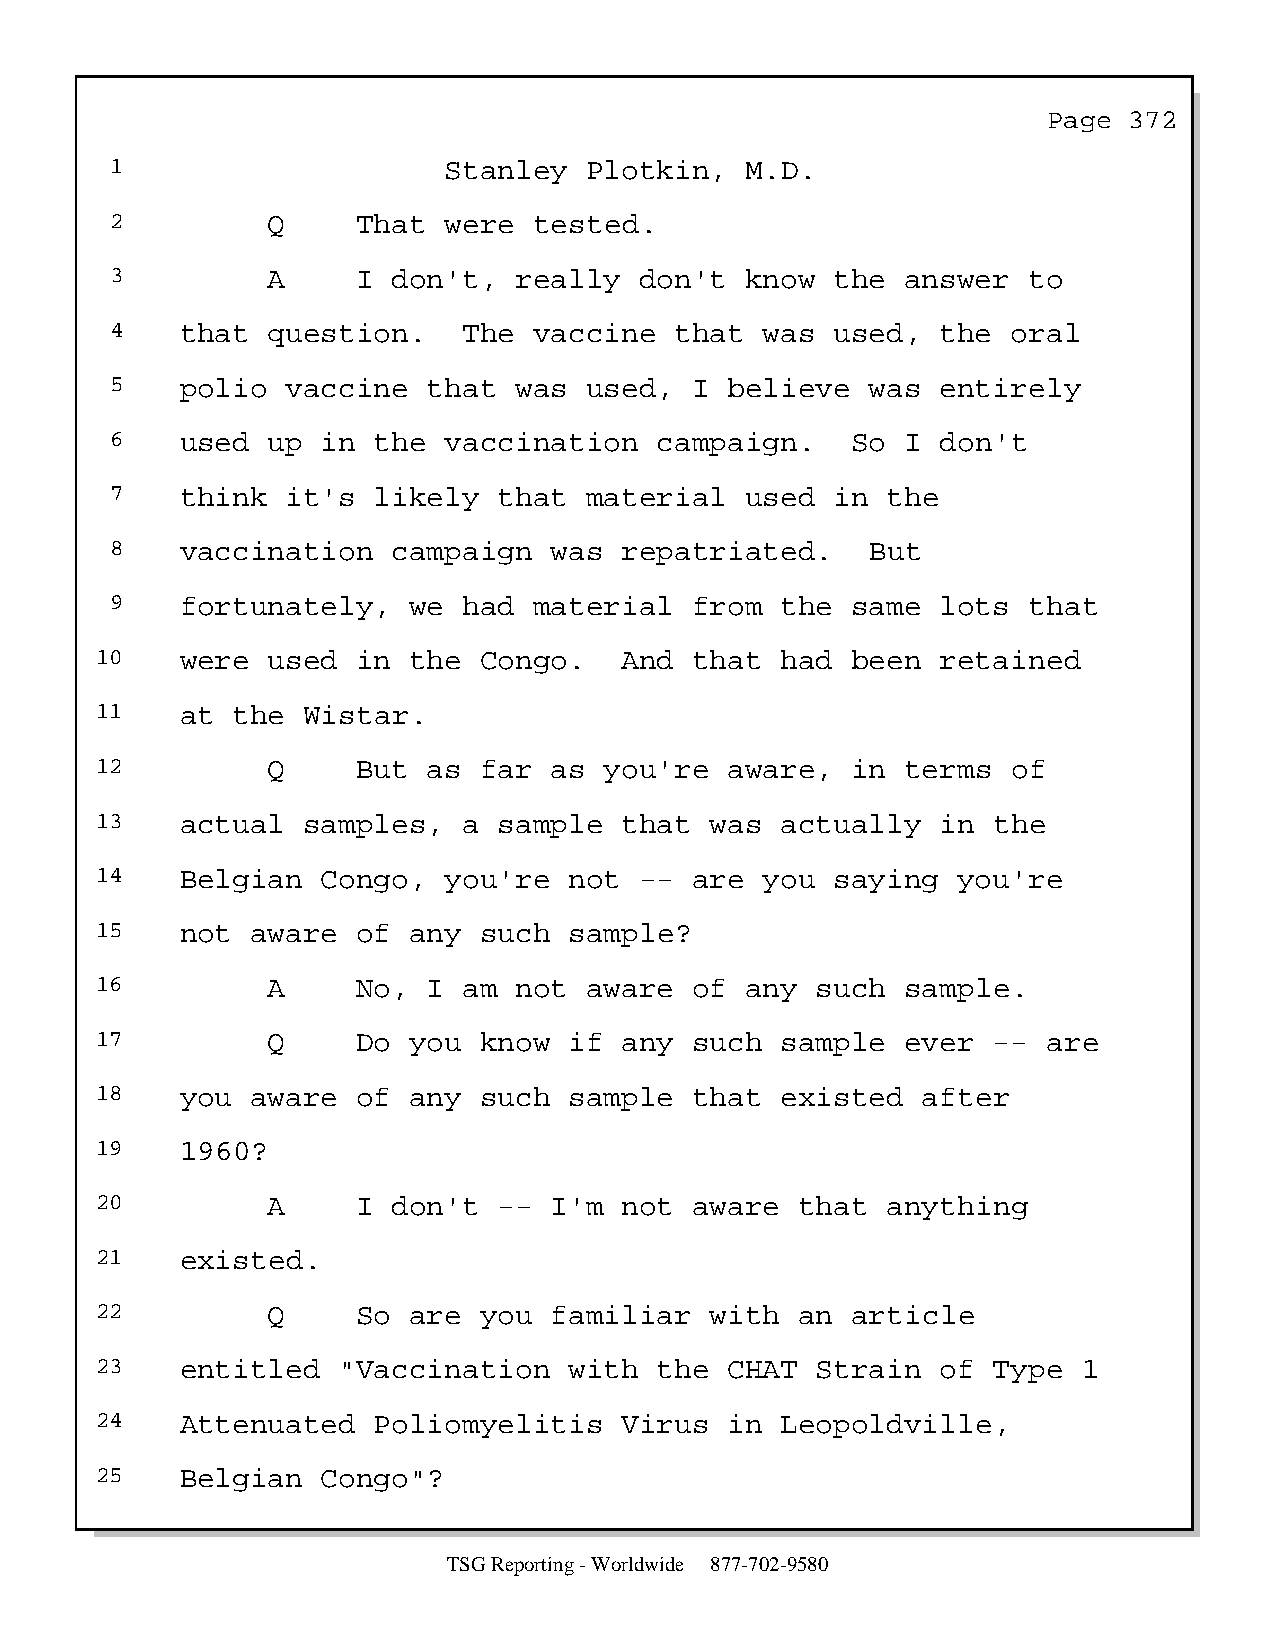
Page  372
 1                     Stanley   Plotkin,  M.D.
 2          Q     That were  tested.
 3          A     I don't,  really  don't  know  the  answer  to
 4    that  question.    The vaccine   that  was used,  the  oral
 5    polio  vaccine  that  was  used,  I believe   was entirely
 6    used  up in  the vaccination    campaign.   So  I don't
 7    think  it's  likely  that  material  used  in  the
 8    vaccination   campaign  was  repatriated.     But
 9    fortunately,   we  had material   from  the same  lots  that
 10    were  used  in the  Congo.   And  that  had been  retained
 11    at the  Wistar.
 12          Q     But as  far as  you're  aware,  in  terms  of
 13    actual  samples,   a sample  that  was  actually  in  the
 14    Belgian  Congo,  you're   not --  are  you saying  you're
 15    not  aware  of any  such  sample?
 16          A     No, I  am not  aware  of any  such  sample.
 17          Q     Do you  know  if any  such  sample  ever  -- are
 18    you  aware  of any  such  sample  that  existed  after
 19    1960?
 20          A     I don't  -- I'm  not  aware  that  anything
 21    existed.
 22          Q     So are  you familiar   with  an article
 23    entitled  "Vaccination    with  the CHAT  Strain  of  Type  1
 24    Attenuated   Poliomyelitis   Virus  in  Leopoldville,
 25    Belgian  Congo"?
 TSG Reporting - Worldwide 877-702-9580